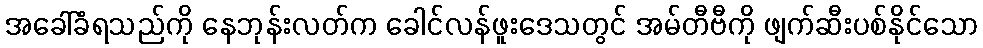
အခေါ်ခံရသည်ကို နေဘုန်းလတ်က ခေါင်လန်ဖူးဒေသတွင် အမ်တီဗီကို ဖျက်ဆီးပစ်နိုင်သော